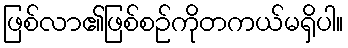
ဖြစ်လာ၏ဖြစ်စဉ်ကိုတကယ်မရှိပါ။